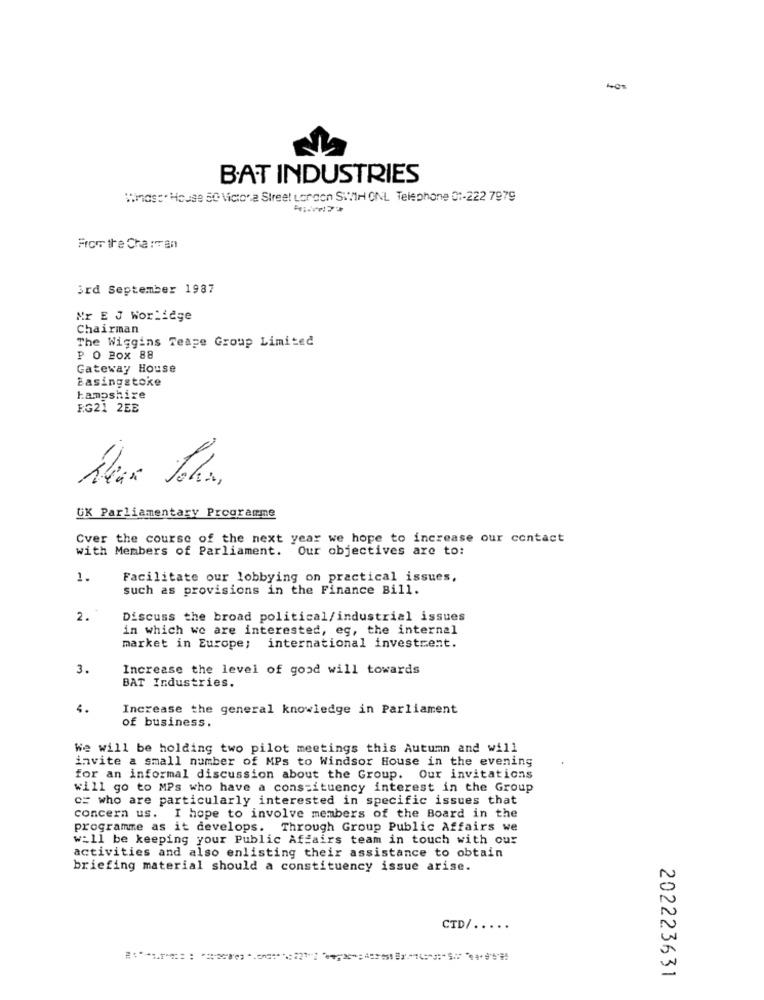
BAT INDUSTRIES
Winds:" House 50 Victora Street Loroch SWIH ONL Telephone 0 :- 222 7979
From the Charran
3rd September 1987
Nr E J Worliege
Chairman
The Wiggins Teage Group Limited
P O BOX 88
Gateway House
Basingstoke
hampshire
EG21 2EE
UK Parliamentary Programme
Cver the course of the next year we hope to increase our contact
with Members of Parliament.
Our objectives are to:
1.
Facilitate our lobbying on practical issues,
such as provisions in the Finance Bill.
2.
Discuss the broad political/industrial issues
in which we are interested, eg, the internal
market in Europe; international investment.
3.
Increase the level of good will towards
BAT Industries.
4.
Increase the general knowledge in Parliament
of business.
We will be holding two pilot meetings this Autumn and will
invite a small number of MPs to Windsor House in the evening
for an informal discussion about the Group. Our invitations
will go to MPs who have a constituency interest in the Group
c= who are particularly interested in specific issues that
concern us. I hope to involve members of the Board in the
programme as it develops. Through Group Public Affairs we
w=11 be keeping your Public Affairs team in touch with our
activities and also enlisting their assistance to obtain
briefing material should a constituency issue arise.
CTD/ .....
202223631